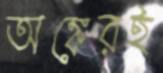
অঙ্কেরই